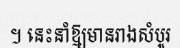
។ នេះនាំឱ្យមានរាងសំបូរ